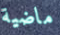
ماضية